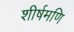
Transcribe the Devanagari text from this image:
शीर्षमणि